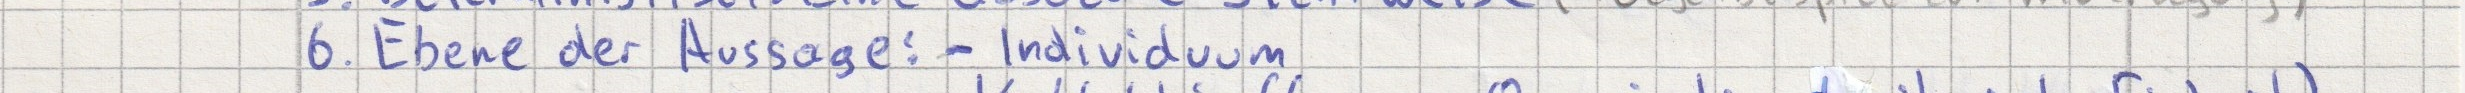
6. Ebene der Aussage: - Individuum